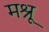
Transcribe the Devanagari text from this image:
मश्रू